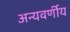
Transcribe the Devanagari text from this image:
अन्यवर्णीय